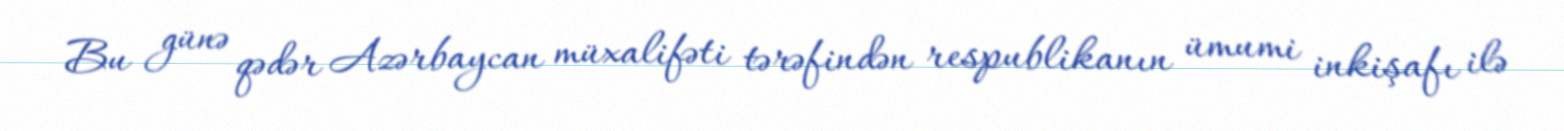
Bu günə qədər Azərbaycan müxalifəti tərəfindən respublikanın ümumi inkişafı ilə